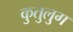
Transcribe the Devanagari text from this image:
कुतुलुग